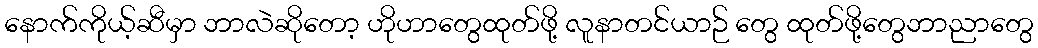
နောက်ကိုယ့်ဆီမှာ ဘာလဲဆိုတော့ ဟိုဟာတွေထုတ်ဖို့ လူနာတင်ယာဉ် တွေ ထုတ်ဖို့တွေဘာညာတွေ